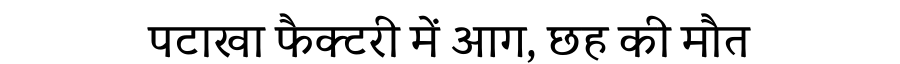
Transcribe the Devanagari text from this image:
पटाखा फैक्टरी में आग, छह की मौत